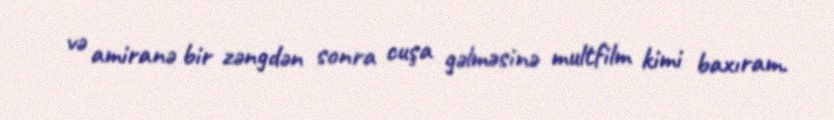
və amiranə bir zəngdən sonra cuşa gəlməsinə multfilm kimi baxıram.